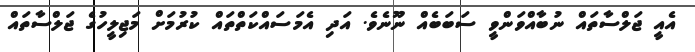
އެއީ ޖަލްސާތައް ނުބާއްވަންވީ ސަބަބެއް ނޫނެވެ. އަދި އެމަސައްކަތްތައް ކުރުމަށް މަޖިލީހުގެ ޖަލްސާތައް